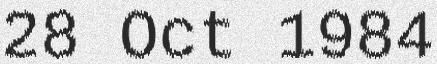
28 Oct 1984